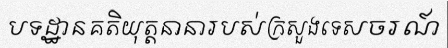
បទដ្ឋានគតិយុត្តនានារបស់ក្រសួងទេសចរណ៍